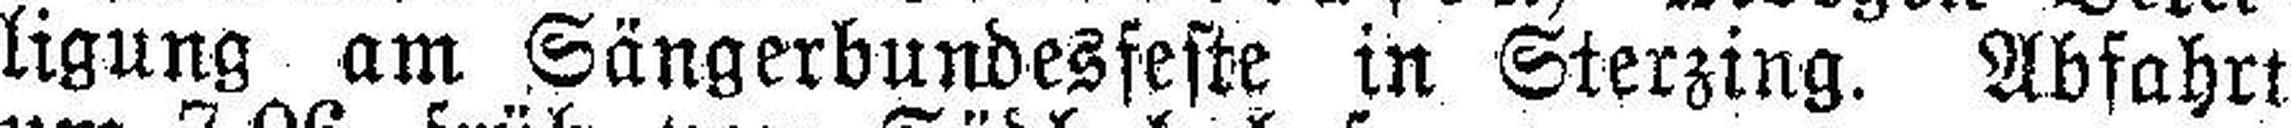
ligung am Sängerbundesfeste in Sterzing. Abfahrt